Source: Computer-generated
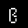
Digit: ၉ (9)